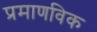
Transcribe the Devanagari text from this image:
प्रमाणविक